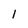
Character: l